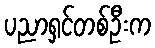
ပညာရှင်တစ်ဦးက